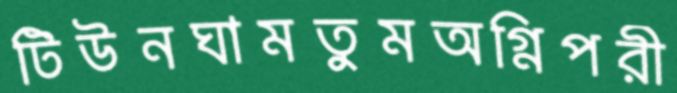
টিউনঘামতুমঅগ্নিপরী